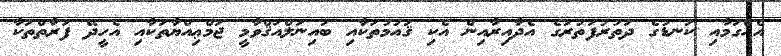
އެއްގަމާއި ކަނޑުގެ ދަތުރުފަތުރުގެ އެދާއިރާއިން އެކި ޤައުމުތަކާއި ބައިނަލްއަޤްވާމީ ޖަމްޢިއްޔާތަކާއި އެހީދޭ ފަރާތްތަކާ